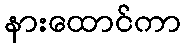
နားထောင်ကာ